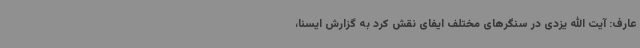
عارف: آیت الله یزدی در سنگرهای مختلف ایفای نقش کرد به گزارش ایسنا،